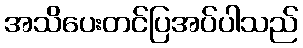
အသိပေးတင်ပြအပ်ပါသည်